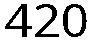
420